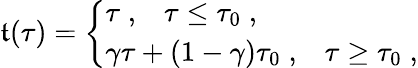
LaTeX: \mathfrak{t}(\tau)=\left\{ \begin{array}{l}{{\tau\; ,\; \; \; \tau\leq\tau_{0}\; ,}}\\ {{\gamma\tau+(1-\gamma)\tau_{0}\; ,\; \; \; \tau\geq\tau_{0}\; ,}}\end{array}\right.